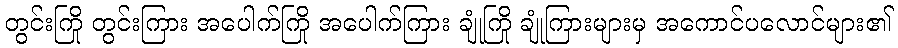
တွင်းကြို တွင်းကြား အပေါက်ကြို အပေါက်ကြား ချုံကြို ချုံကြားများမှ အကောင်ပလောင်များ၏